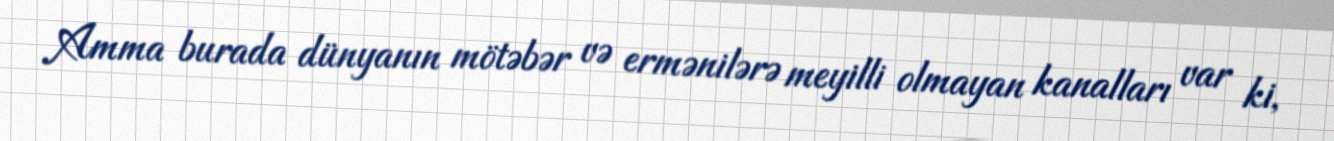
Amma burada dünyanın mötəbər və ermənilərə meyilli olmayan kanalları var ki,